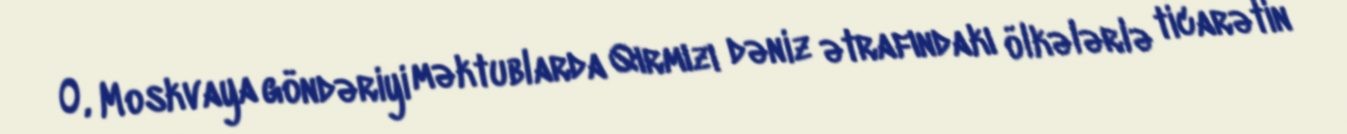
O, Moskvaya göndəriyi məktublarda Qırmızı dəniz ətrafındakı ölkələrlə ticarətin